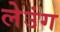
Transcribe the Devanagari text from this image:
लेउंग